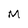
Character: M